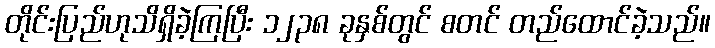
တိုင်းပြည်ဟုသိရှိခဲ့ကြပြီး ၁၂၃၈ ခုနှစ်တွင် စတင် တည်ထောင်ခဲ့သည်။